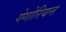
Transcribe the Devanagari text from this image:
गेगोरियन